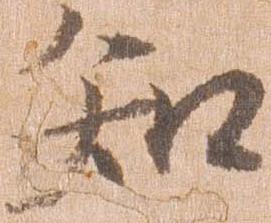
知